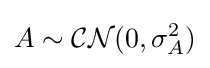
A\sim {\mathcal {CN}}(0,\sigma _{A}^{2})